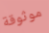
موثوقة